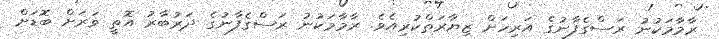
ރާމާމަކުނު ރަސްގެފާނުގެ އަރިހަށް ޒިޔާރަތްކުރިއެވެ. ރާމާމަކުނު ރަސްގެފާނުގެ ދަރުބާރު އޮތީ ވަރަށް ބޮޑަށް